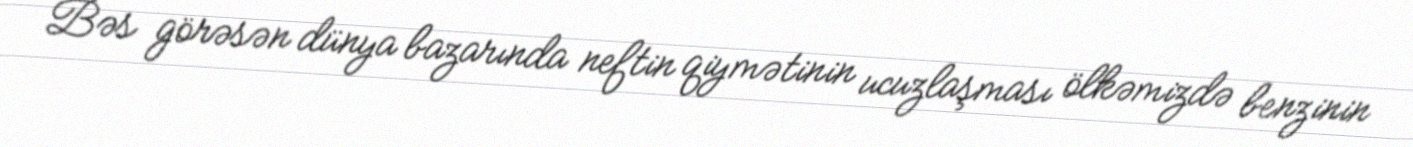
Bəs görəsən dünya bazarında neftin qiymətinin ucuzlaşması ölkəmizdə benzinin